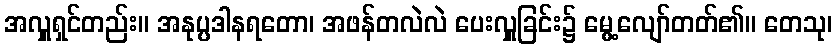
အလှူရှင်တည်း။ အနုပ္ပဒါနရတော၊ အဖန်တလဲလဲ ပေးလှူခြင်း၌ မွေ့လျော်တတ်၏။ တေသု၊